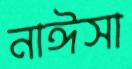
নাঈসা